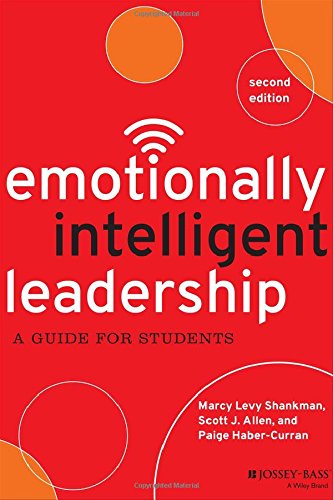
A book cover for Emotionally Intelligent Leadership: A Guide for Students; Marcy Levy Shankman; Education & Teaching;